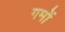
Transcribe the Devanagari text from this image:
गमों